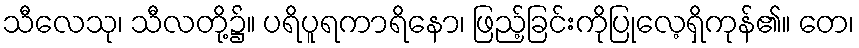
သီလေသု၊ သီလတို့၌။ ပရိပူရကာရိနော၊ ဖြည့်ခြင်းကိုပြုလေ့ရှိကုန်၏။ တေ၊